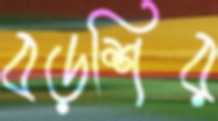
বড়শির